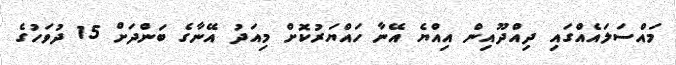
މައްސަލައެއްގައި ދިއްދޫއިން އިއްޔެ އޭނާ ހައްޔަރުކޮށް މިއަދު އޭނާގެ ބަންދަށް 15 ދުވަހުގެ